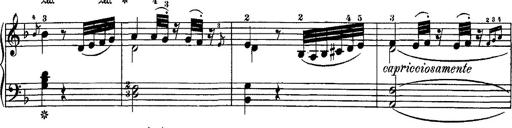
Title: Hungarian Rhapsody No.7
Composer: Franz Liszt
Key: D minor